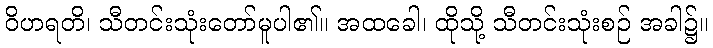
ဝိဟရတိ၊ သီတင်းသုံးတော်မူပါ၏။ အထခေါ၊ ထိုသို့ သီတင်းသုံးစဉ် အခါ၌။